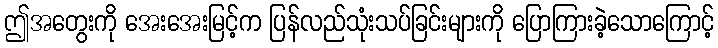
ဤအတွေးကို အေးအေးမြင့်က ပြန်လည်သုံးသပ်ခြင်းများကို ပြောကြားခဲ့သောကြောင့်